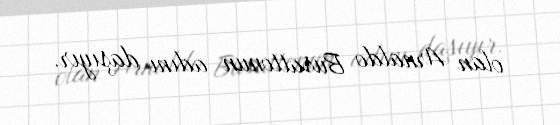
olan Arnaldo Busattonun adını daşıyır.